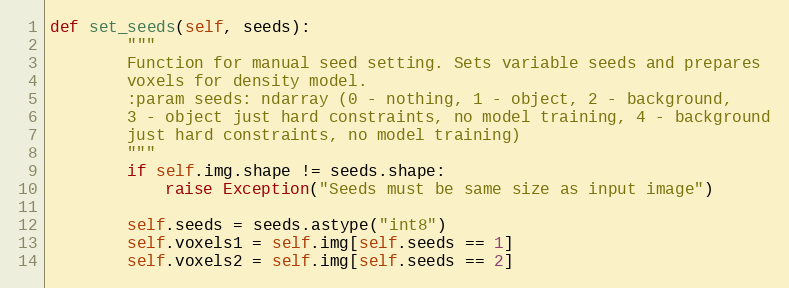
Language: Python
def set_seeds(self, seeds):
        """
        Function for manual seed setting. Sets variable seeds and prepares
        voxels for density model.
        :param seeds: ndarray (0 - nothing, 1 - object, 2 - background,
        3 - object just hard constraints, no model training, 4 - background
        just hard constraints, no model training)
        """
        if self.img.shape != seeds.shape:
            raise Exception("Seeds must be same size as input image")

        self.seeds = seeds.astype("int8")
        self.voxels1 = self.img[self.seeds == 1]
        self.voxels2 = self.img[self.seeds == 2]